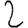
Digit: 2